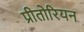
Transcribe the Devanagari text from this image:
प्रीतोरियन